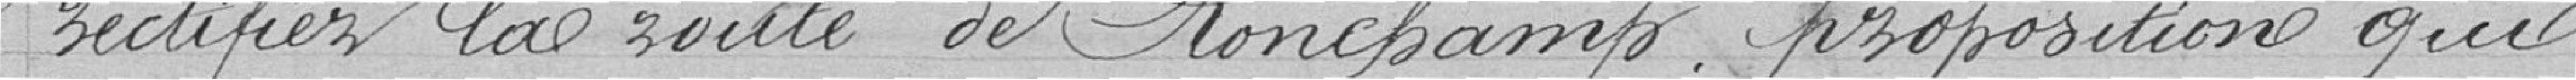
rectifier la route de Ronchamp, proposition qui